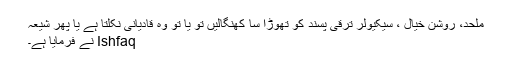
ملحد، روشن خیال ، سیکیولر ترقی پسند کو تھوڑا سا کھنگالیں تو یا تو وہ قادیانی نکلتا ہے یا پھر شیعہ
Ishfaq نے فرمایا ہے۔